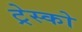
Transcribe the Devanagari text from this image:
ट्रेस्को